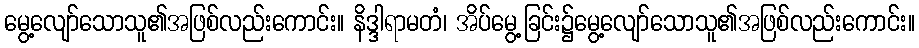
မွေ့လျော်သောသူ၏အဖြစ်လည်းကောင်း။ နိဒ္ဒါရာမတံ၊ အိပ်မွေ့ခြင်း၌မွေ့လျော်သောသူ၏အဖြစ်လည်းကောင်း။